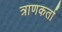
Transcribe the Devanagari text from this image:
त्राणकर्ता